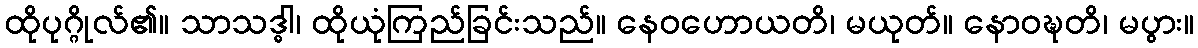
ထိုပုဂ္ဂိုလ်၏။ သာသဒ္ဓါ၊ ထိုယုံကြည်ခြင်းသည်။ နေဝဟောယတိ၊ မယုတ်။ နောဝဍ္ဎတိ၊ မပွား။